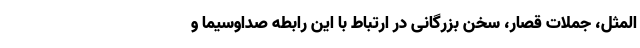
المثل، جملات قصار، سخن بزرگانی در ارتباط با این رابطه صداوسیما و